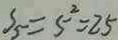
S _ { 5 } = 5 ^ { 2 } = 2 5